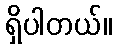
ရှိပါတယ်။